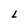
Character: L